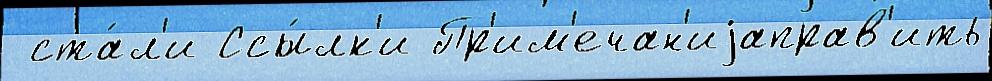
 ста́л'и Ссы́лк'и Пр'им'ечан'иjаправ'ить